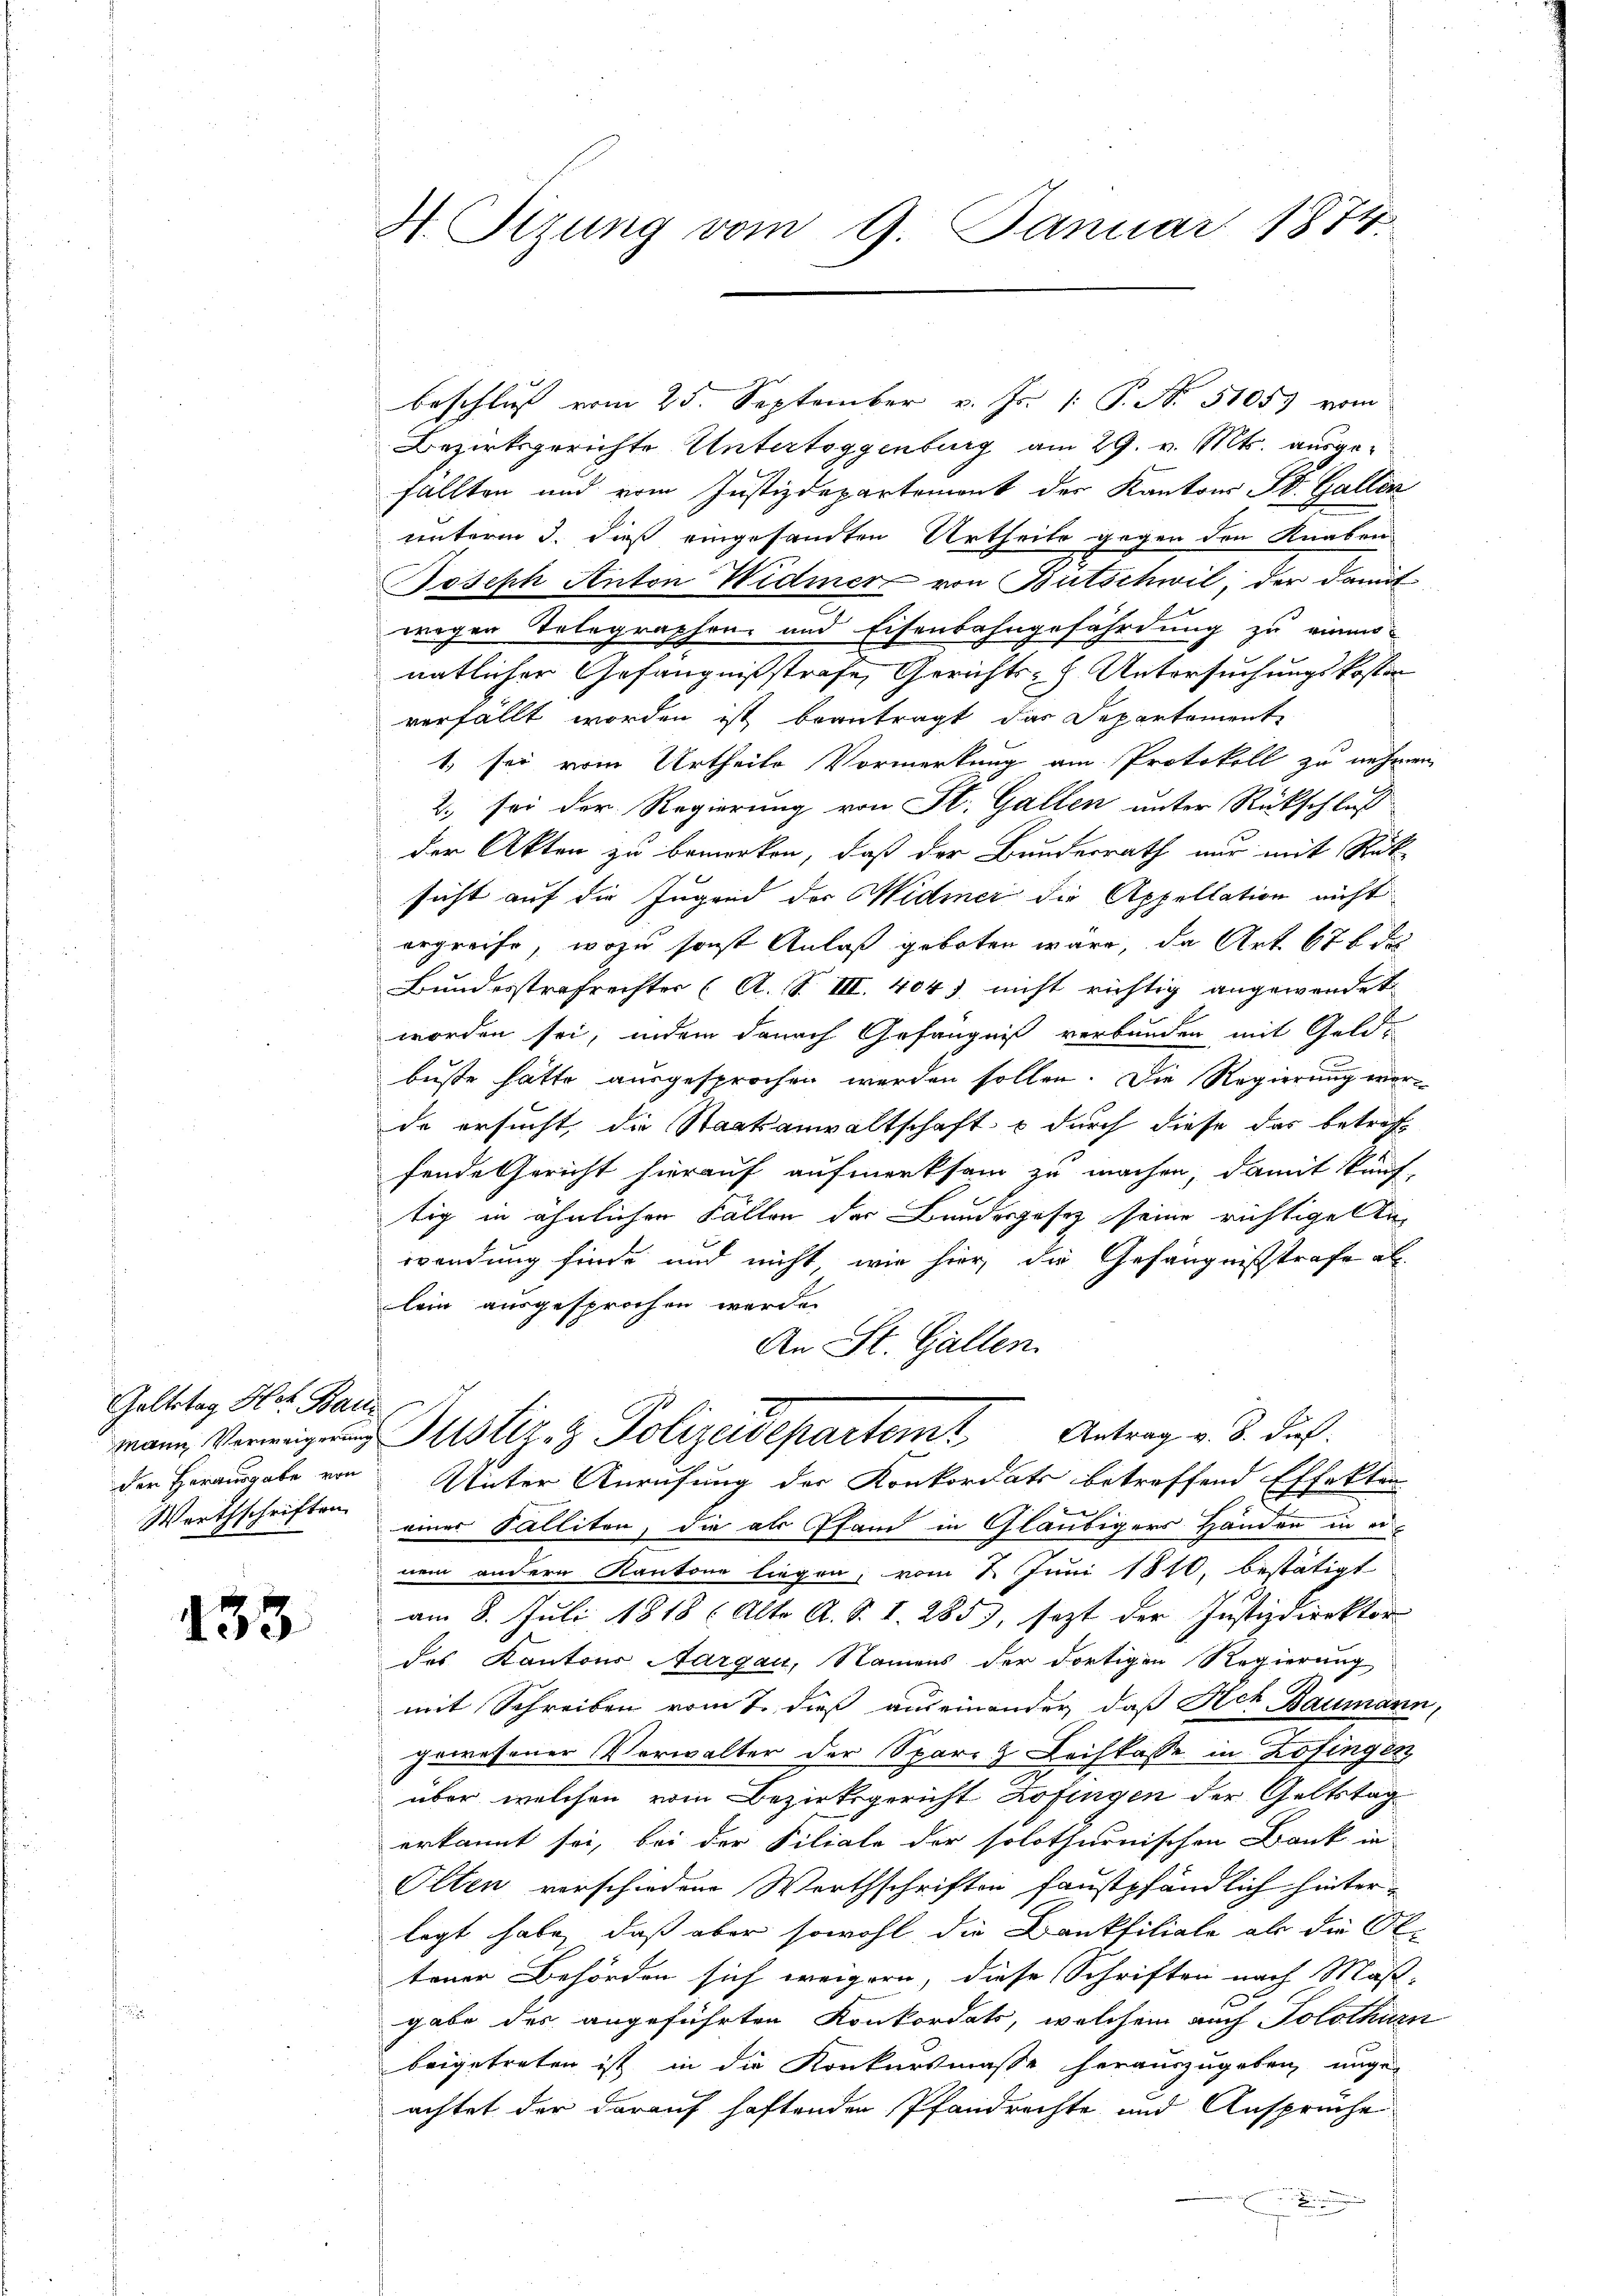
Geltstag Hof Baute
der Herausgabe von
Wirthschriften

433

H. Sizung vom 9. Januar 1874.

Beschluß vom 25. September v. Js. [ P. N. 5105) vom
Bezirksgerichte Untertoggenburg am 29. v. Mts. ausgefällten und vom Justizdepartemont der Kantons St. Gallen
unterm 3. dieß eingesandten Urtheile gegen den Knaben
Joseph Anton Widmer von Bütschwil, der damit
wegen Telegraphen und Eisenbahngefährdung zu einmo-
natlicher Gefängnißstrafe, Gerichts- Untersuchungskosten
verfällt worden ist beantragt, das Departement
1 sei vom Urtheile Vormerkung am Protokoll zu nehm
2. sei der Regierung von St. Gallen unter Rückschluß
der Akten zu bemerken, daß der Bundesrath nur mit Rüksicht auf die Jugend der Widmer die Appellation nicht
ergreife, wozu sonst Anlaß geboten wäre, da Art. 67 f d
Bundesstrafrechter (A. S. III. 404. nicht richtig angewendet
worden sei, indem danach Gefängniß verbunden mit Geldbuste hätte ausgesprochen werden sollen. Die Regierung worde ersucht, die Staatsanwaltschaft & durch diese das betreffende Gericht hierauf aufmerksam zu machen, damit künftig in ähnlichen Fällen der Bundesgesez seine richtige Anwendung finde und nicht wie hier, die Gefängnißstrafe al
lein ausgesprochen werde.
An St. Gallen.
mann Verweigerung Justiz- & Polizeidepartem Antrag v. 8. dieß
Unter Anrufung der Konkordats betreffend Effekten
einer Falliten, die als Pfand in Gläubigers Handen in ernem andern Kantone liegen, vom 2. Juni 1810, bestätigt
am 8. Juli 1818 (Alter A. S. I. 285), sezt der Justizdirektor
des Kantons Aargau, Namens der dortigen Regierung
mit Schreiben vom 7. dieß auseinander, daß Ach Bauman-
gewesener Verwalter der Spare Leihkasse in Zofingen
über welchen vom Bezirksgericht Zofingen der Geltstag
erkannt sei, bei der Filiale der solothurnischen Bank in
Olten verschiedene Werthschriften faustpfändlich hinter-
legt habe, daß aber sowohl die Bankfiliale als die O.
terer Behörden sich weigern, diese Schriften nach Maß-
gabe des angeführten Konkordats, welchem auch Tolothurs
beigetreten ist in die Konkursmasse herauszugeben unge-
achtet der darauf haftenden Pfandrechte und Ansprüche